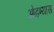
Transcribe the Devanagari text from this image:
ओढण्यास